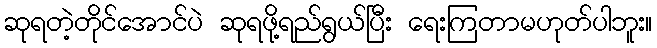
ဆုရတဲ့တိုင်အောင်ပဲ ဆုရဖို့ရည်ရွယ်ပြီး ရေးကြတာမဟုတ်ပါဘူး။